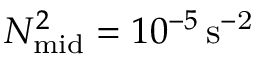
N _ { \mathrm { m i d } } ^ { 2 } = 1 0 ^ { - 5 } \, \mathrm { { s ^ { - 2 } } }